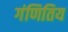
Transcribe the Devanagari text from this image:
गंणितिय